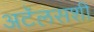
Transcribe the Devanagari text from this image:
अटॅलसशी